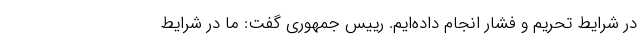
در شرایط تحریم و فشار انجام داده‌ایم. رییس جمهوری گفت: ما در شرایط